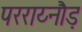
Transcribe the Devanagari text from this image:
परराय्नौड़